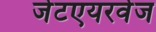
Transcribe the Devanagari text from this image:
जेटएयरवेज